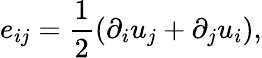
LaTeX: e_{ij}=\frac{1}{2}(\partial_{i}u_{j}+\partial_{j}u_{i}),